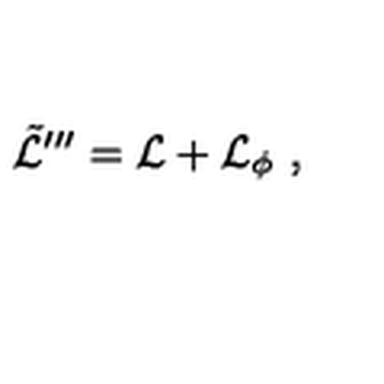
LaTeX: \tilde { { \cal L } } ^ { \prime \prime \prime } = { \cal L } + { \cal L } _ { \phi } \ ,